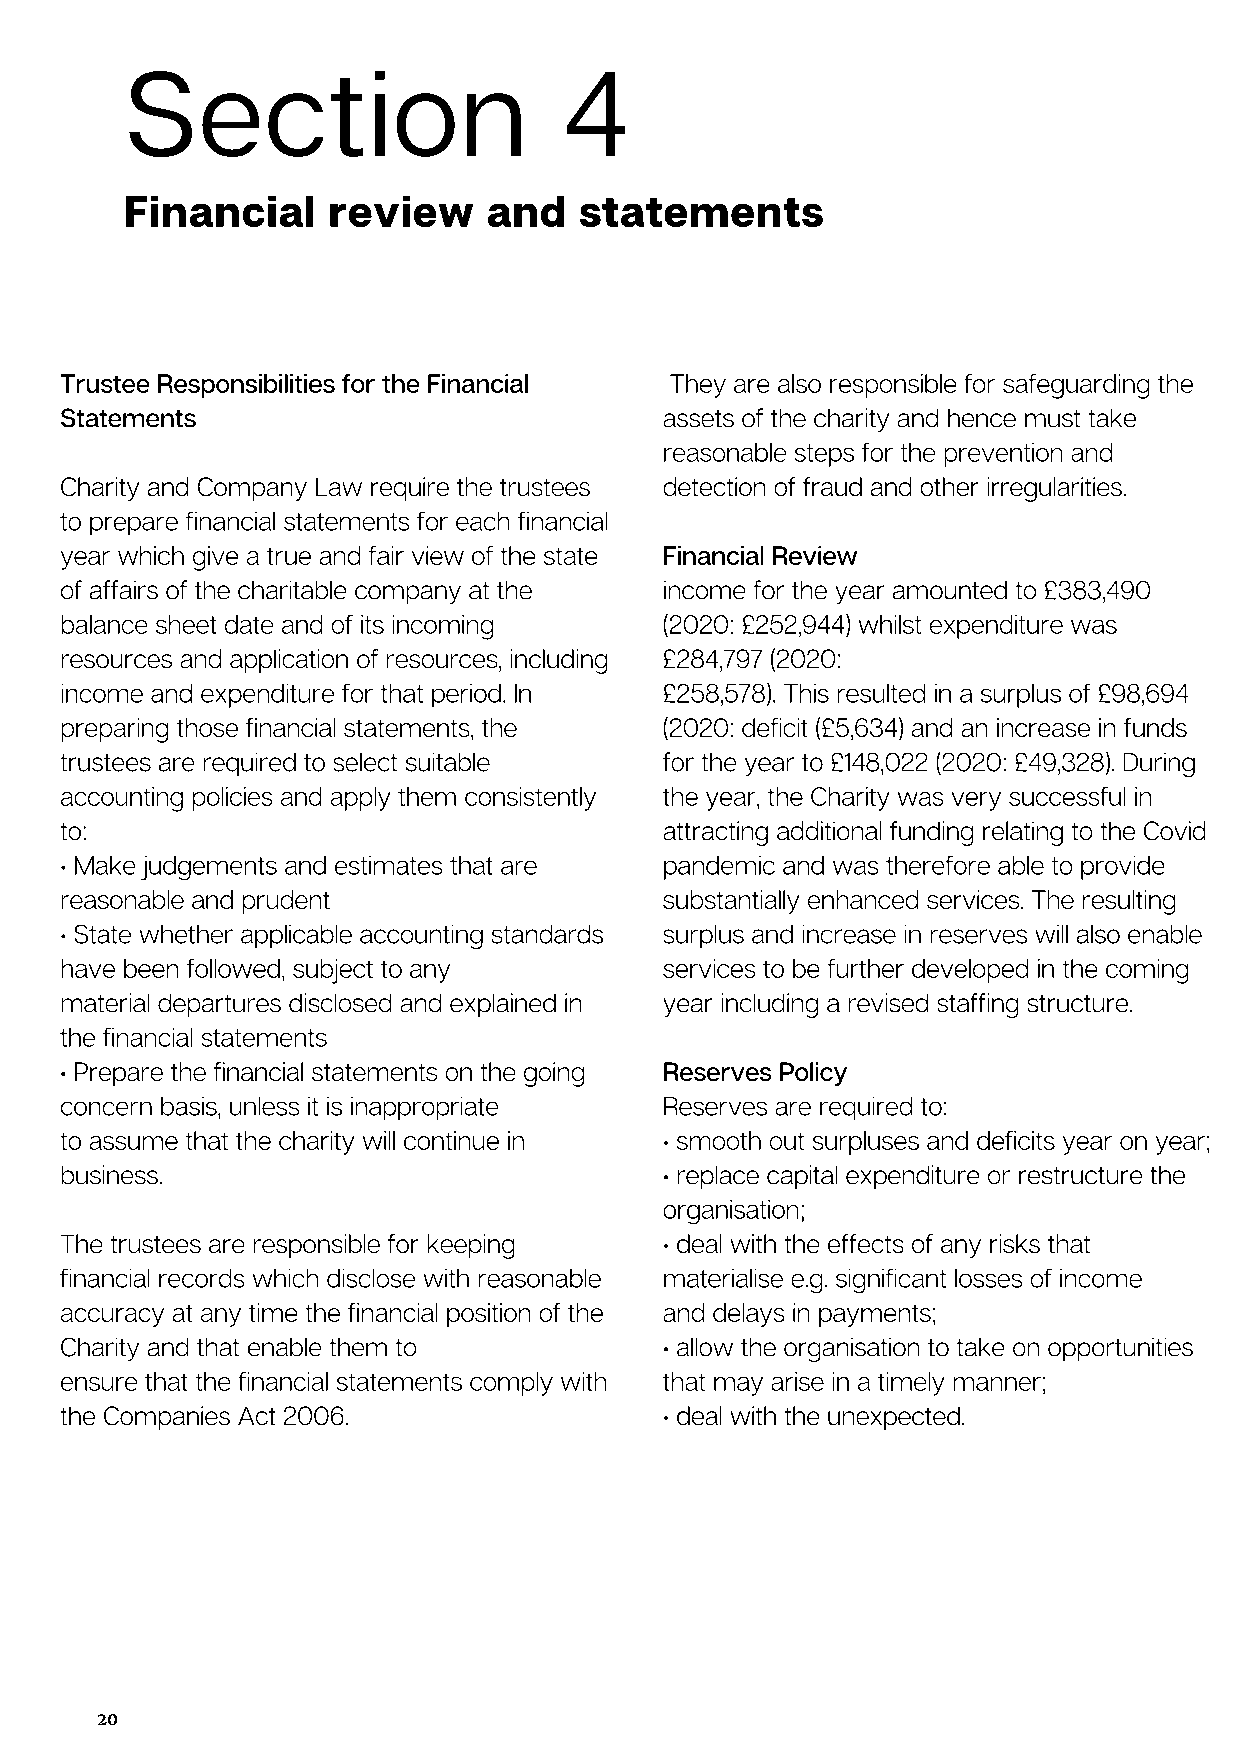
Section                      4
 Financial     review    and   statements
 Trustee Responsibilities for the Financial They are also responsible for safeguarding the
 Statements                              assets of the charity and hence must take
 reasonable steps for the prevention and
 Charity and Company Law require the trustees detection of fraud and other irregularities.
 to prepare financial statements for each financial
 year which give a true and fair view of the state Financial Review
 of affairs of the charitable company at the income for the year amounted to £383,490
 balance sheet date and of its incoming  (2020: £252,944) whilst expenditure was
 resources and application of resources, including £284,797 (2020:
 income and expenditure for that period. In £258,578). This resulted in a surplus of £98,694
 preparing those financial statements, the (2020: deficit (£5,634) and an increase in funds
 trustees are required to select suitable for the year to £148,022 (2020: £49,328). During
 accounting policies and apply them consistently the year, the Charity was very successful in
 to:                                     attracting additional funding relating to the Covid
 • Make judgements and estimates that are pandemic and was therefore able to provide
 reasonable and prudent                  substantially enhanced services. The resulting
 • State whether applicable accounting standards surplus and increase in reserves will also enable
 have been followed, subject to any      services to be further developed in the coming
 material departures disclosed and explained in year including a revised staffing structure.
 the financial statements
 • Prepare the financial statements on the going Reserves Policy
 concern basis, unless it is inappropriate Reserves are required to:
 to assume that the charity will continue in • smooth out surpluses and deficits year on year;
 business.                               • replace capital expenditure or restructure the
 organisation;
 The trustees are responsible for keeping • deal with the effects of any risks that
 financial records which disclose with reasonable materialise e.g. significant losses of income
 accuracy at any time the financial position of the and delays in payments;
 Charity and that enable them to         • allow the organisation to take on opportunities
 ensure that the financial statements comply with that may arise in a timely manner;
 the Companies Act 2006.                 • deal with the unexpected.
 20